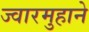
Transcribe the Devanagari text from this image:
ज्वारमुहाने